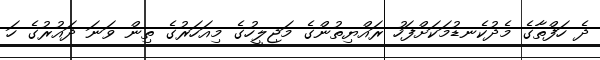
ދެ ހަފްތާގެ މެދުކެނޑުމަކަށްފަހު ރައްޔިތުންގެ މަޖިލީހުގެ މިއަހަރުގެ ތިން ވަނަ ދައުރުގެ ހަ